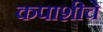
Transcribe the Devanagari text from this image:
कपाशीचे